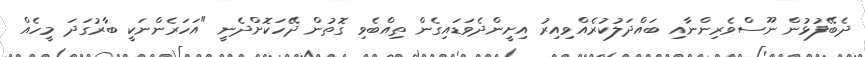
ދެބޭފުޅުން ނޫސްވެރިންނާއި ބައްދަލުކުރެއްވިއިރު އިށީންދެވަޑައިގެން ތިއްބެވި ގޮތުން ދޭހަކޮށްދެނީ "އަހަރެންނަކީ ބާރުގަދަ މީހެއް